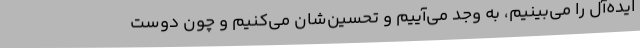
ایده‌آل را می‌بینیم، به وجد می‌آییم و تحسین‌شان می‌کنیم و چون دوست